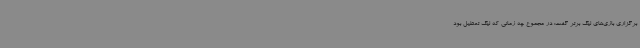
برگزاری بازی‌های لیگ برتر گفت: در مجموع چه زمانی که لیگ تعطیل بود